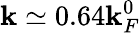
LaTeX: \mathbf{k}\simeq0.64\mathbf{k}_{F}^{0}